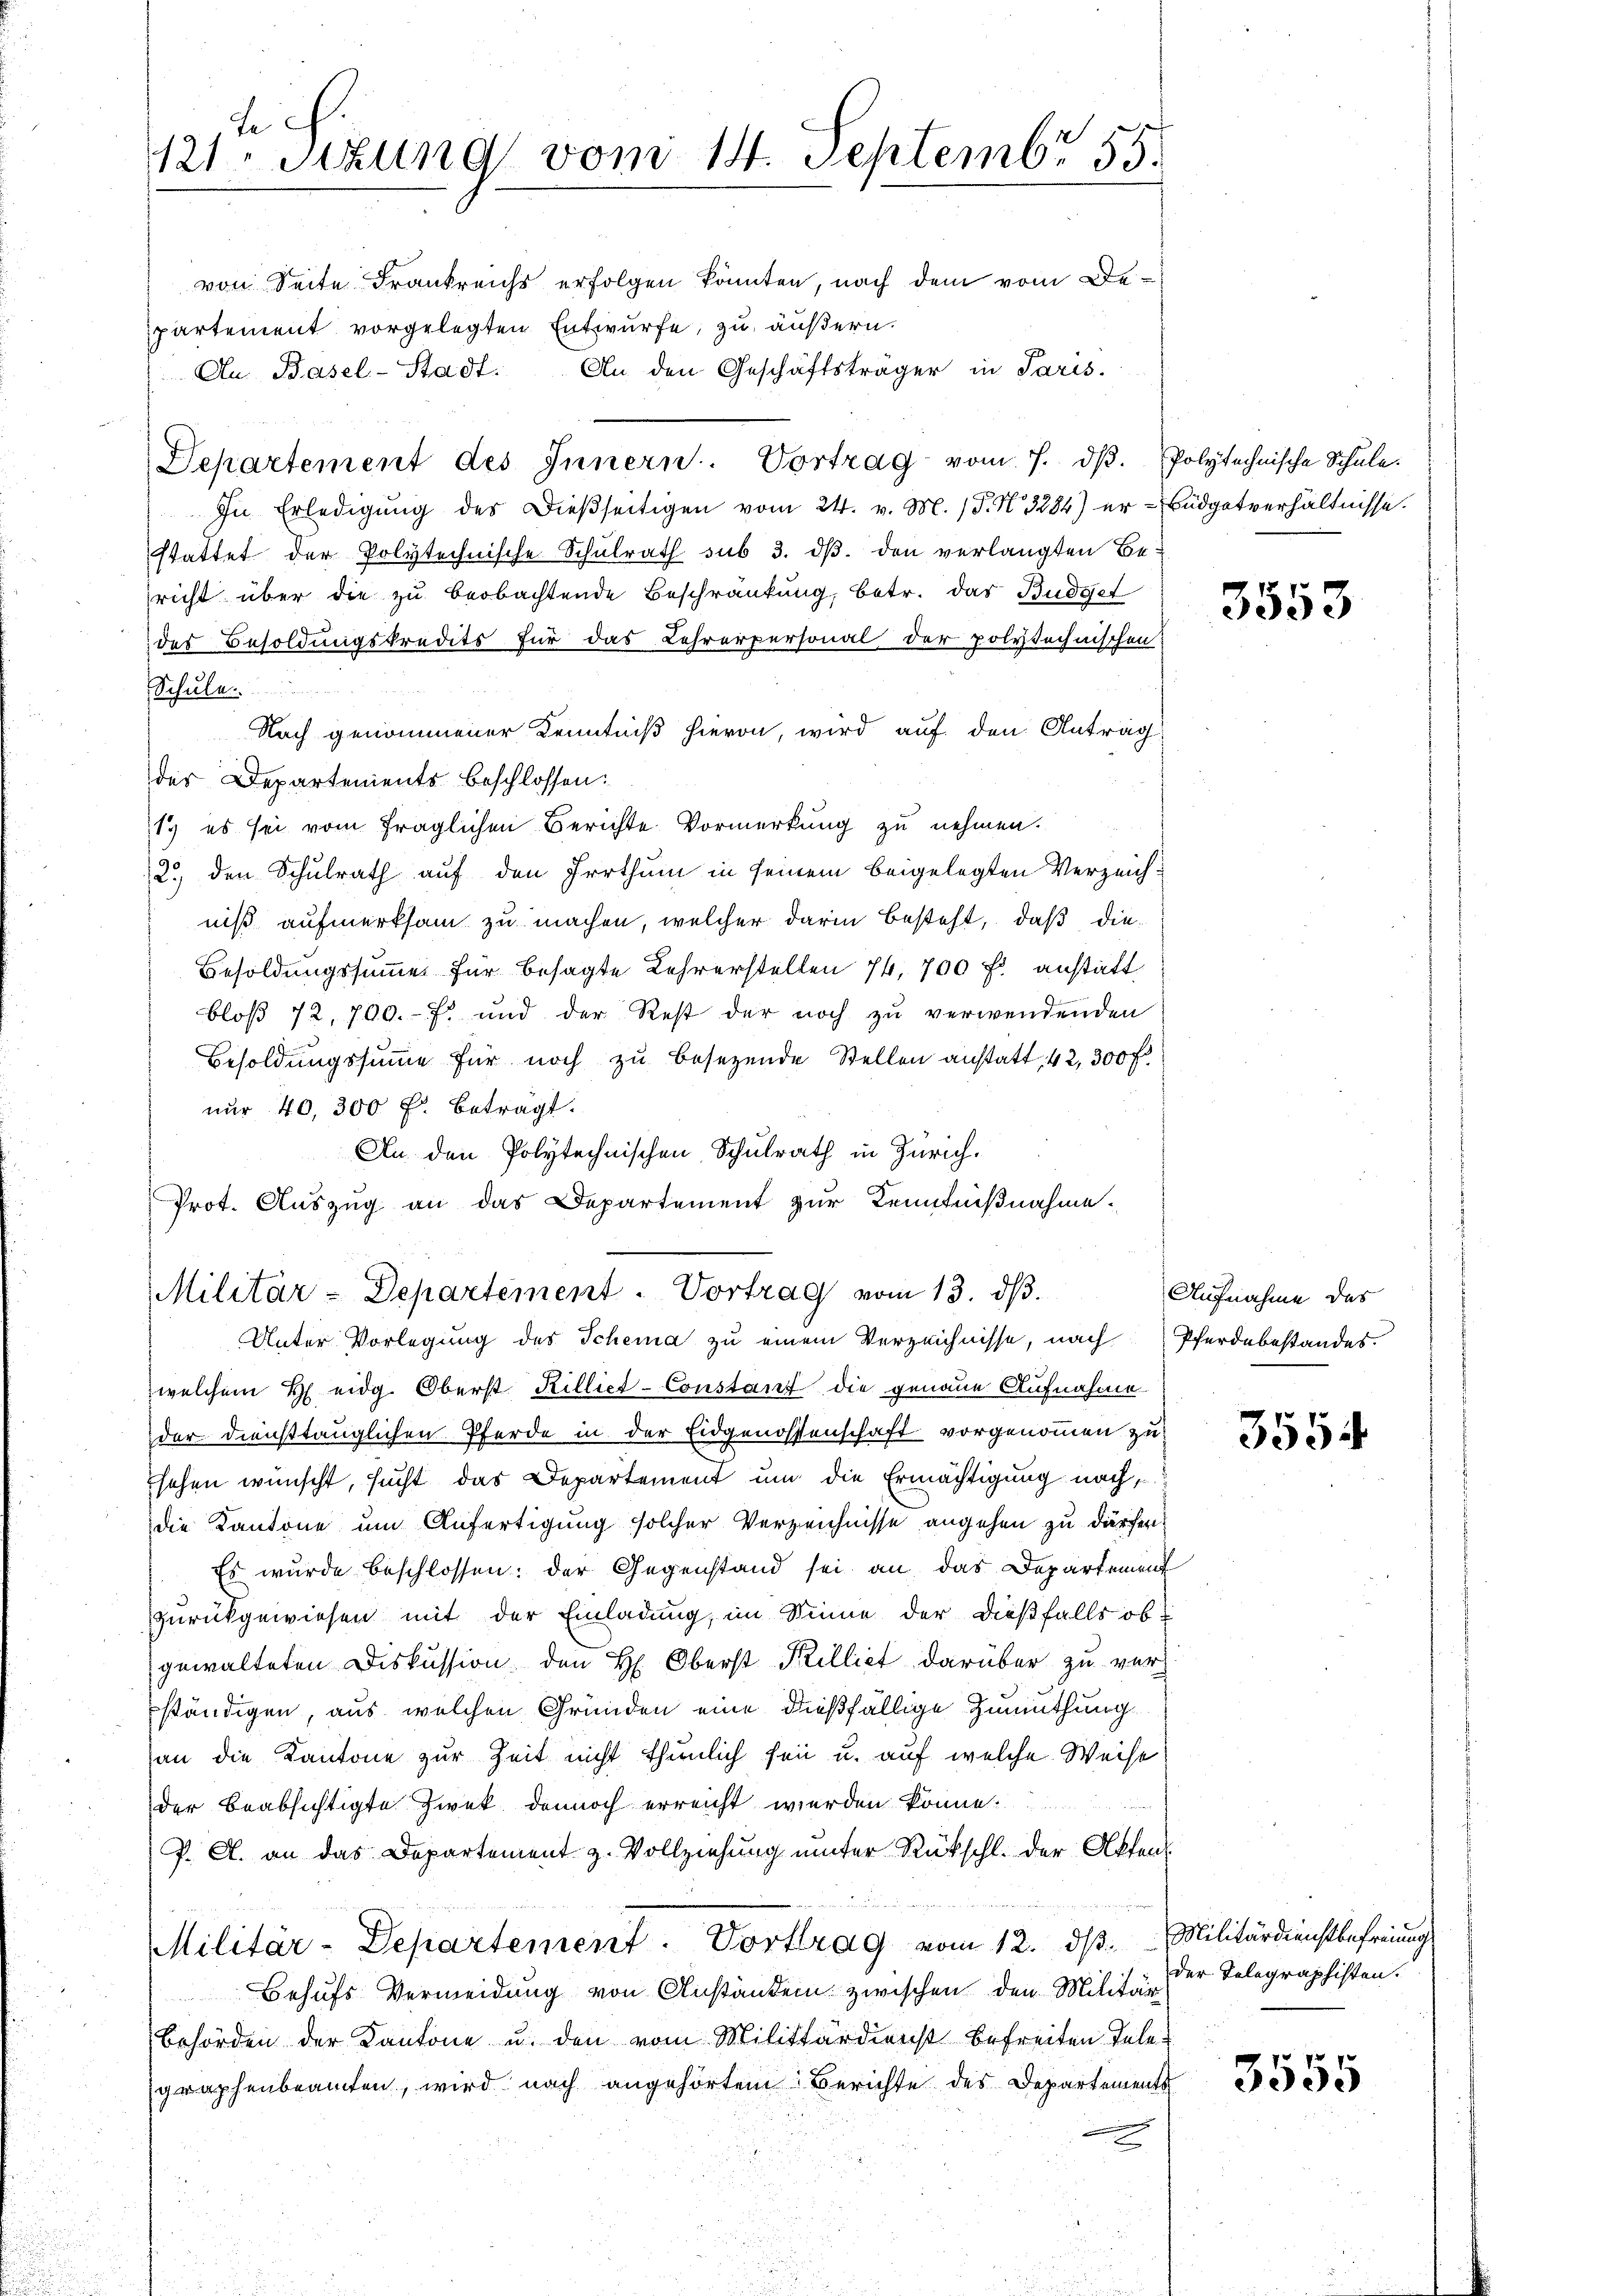
partement vorgelegten Entwurfe, zu äußern.
An. Basel-Stadt. An den Geschäftsträger in Paris.
Departement des Innern. Vortrag vom 7. dβ. Polytechnische Schŭle.
In Erledigung des dießseitigen vom 24. v. M. (T. N. 3284) er-Büdgetverhältnisse.
stattet der Polytechnische Schulrath sub 3. dβ. den verlangten Bericht über die zu beobachtende Beschränkung, betr. das Büdget
des Besoldungskredits für das Lehrerpersonal der polytechnischen
Schule.
Nach genommener Kenntniß hievon, wird auf den Anträg
der Departements beschlossen:
1. es sei vom fraglichen Berichte Vormerkung zu nehmen.
2.) den Schulrath auf den Irrthum in seinem beigelegten Verzeichniß aufmerksam zu machen, welcher darin besteht, daß die
Besoldungssumme für besagte Lehrerstellen 74. 700 fl. anstatt
bloß 12,700.- 7. und der Rest der noch zŭ verwendenden
Besoldungssumme für noch zu besezende Stellen anstatt, 42, 300 f.
nur 40, 300 f. beträgt.
An den Polytechnischen Schulrath in Zürich¬
Prot. Auszug an das Departement zur Kenntnißnahme¬
Militär-Departement. Vortrag vom 13. dβ.
Unter Vorlegung des Schema zu einem Verzeichnisse, nach Pferdebestandes
welchem H eidg. Oberst Killiet-Constanz die genaue Aufnahme
der diensttauglichen Pferde in der Eidgenossenschaft vorgenommen zu
sehen wünscht, sucht das Departement um die Ermächtigung nach,
die Kantone um Anfertigung solcher Verzeichnisse angehen zu dürfen.
Es wurde beschlossen: der Gegenstand sei an das Departement
zurückgewiesen mit der Einladung, im Sinne der dießfalls ob
gewalteten Diskussion den H: Oberst Pilliet darüber zu verständigen, aus welchen Gründen eine dießfällige Zumuthung
an die Kantone zur Zeit nicht thunlich sei u. auf welche Weise
der beabsichtigte Zwek dennoch erreicht werden könne.
P. A. an das Departement z. Vollziehŭng ŭnter Rückschl. der Akten
Militär-Departement. Vortrag vom 12. ds. Militärdienstbefreiung
Behufs Vermeidung von Anständen zwischen den Militär
behörden der Kantone u. den vom Militärdienst befreiten Telegraphenbeamten, wird nach angehörtem Berichte des Departements
E

tich.
121Stzung vom 14. Septembr 55.
von Seite Frankreichs erfolgen könnten, nach dem vom De¬

3353

Aufnahme des

3554

der Telegraphisten.

3555